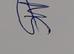
Signature authenticity: genuine